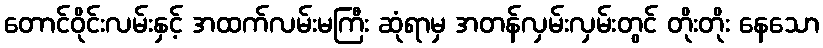
တောင်ဝိုင်းလမ်းနှင့် အထက်လမ်းမကြီး ဆုံရာမှ အတန်လှမ်းလှမ်းတွင် တိုးတိုး နေသော